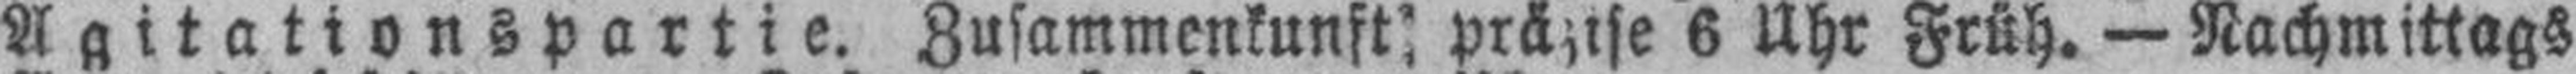
Agitationspartie. Zusammenkunft präzise 6 Uhr Früh. — Nachmittags